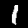
Digit: 1